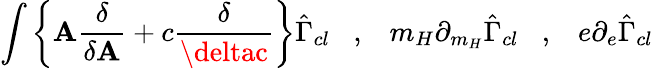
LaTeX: \int\left\{ \mathbf{A}\frac{{\delta}}{{\delta\mathbf{A}}}+c\frac{{\delta}}{{\deltac}}\right\} \hat{{\Gamma}}_{cl}\; \; \; ,\; \; \; m_{H}\partial_{m_{H}}\hat{{\Gamma}}_{cl}\; \; \; ,\; \; \; e\partial_{e}\hat{{\Gamma}}_{cl}